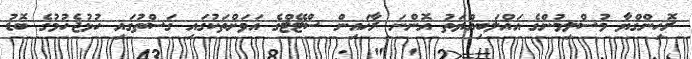
ރޮހިންގްޔާ މުސްލިމުންގެ އަޣްލަބިއްޔަތު އޮންނަ ރާޚައިން ސްޓޭޓްގެ އަވަށްތަކުގައި ގަސްތުގައި ހުޅުޖެހުމުގެ ބޮޑު